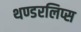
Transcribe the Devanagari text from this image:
थण्डरलिप्स